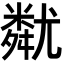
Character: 𡰚